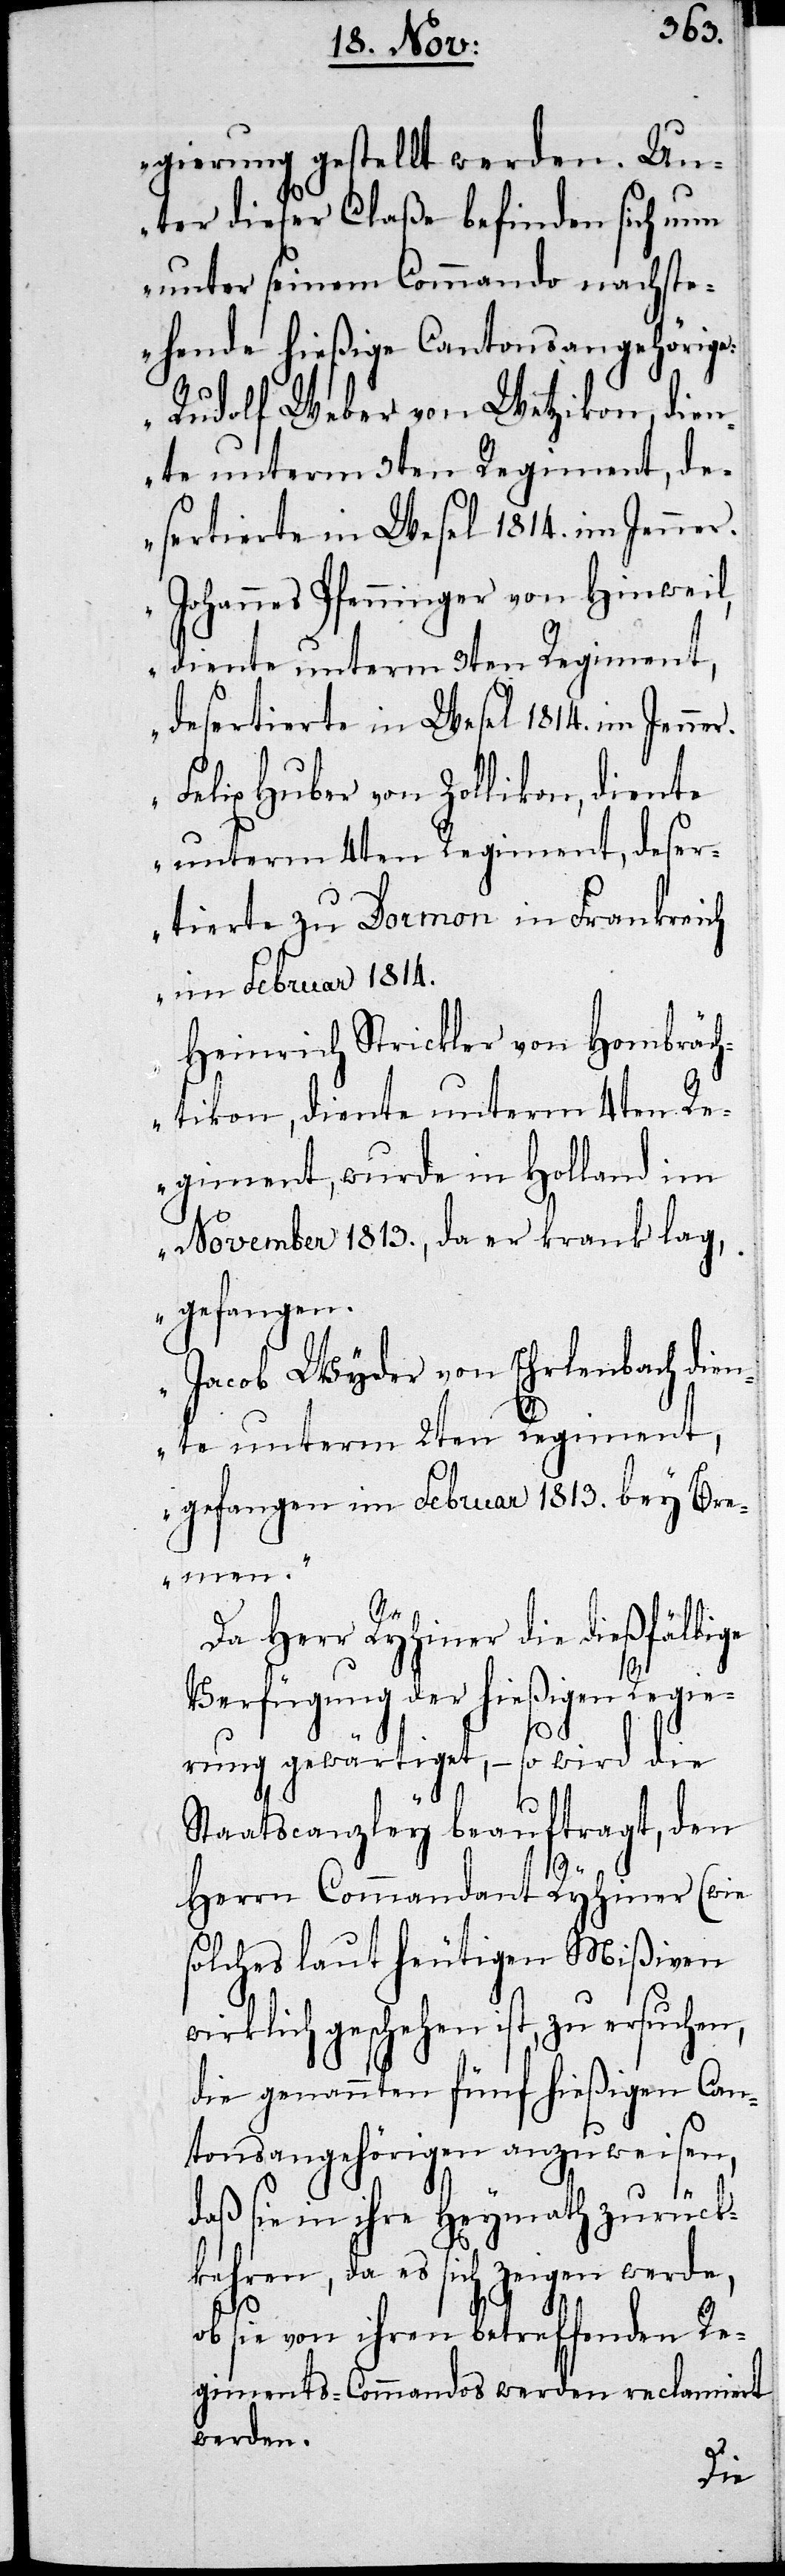
gierung gestellt werden. Un¬
ter dieser Claße befinden sich nun
unter seinem Commando nachst¬
ehende hießige Cantonsangehörige:
Rudolf Weber von Wetzikon, dien¬
te unterm 3ten Regiment, de¬
sertierte in Wesel 1814. im Jenner.
Johannes Pfenninger von Hinweil,
diente unterm 3ten Regiment,
desertierte in Wesel 1814. im Jenner.
Felix Huber von Zollikon, diente
unterm 4ten Regiment, deser¬
tierte zu Dormon in Frankreich
im Februar 1814.
Heinrich Strickler von Hombräch¬
tikon, diente unterm 4ten Re¬
giment, wurde in Holland im
November 1813., da er krank lag,
gefangen.
Jacob Wyder von Ehrlenbach dien¬
te unterm 2ten Regiment,
gefangen im Februar 1813. bey Bre¬
men.“
Da Herr Ryhiner die dießfällige
Verfügung der hießigen Regie¬
rung gewärtiget, – so wird die
Staatscanzley beauftragt, den
Herrn Commandant Ryhiner (wie
solches laut heutigen Mißiven
die genannten fünf hießigen Can¬
tonsangehörigen anzuweisen,
daß sie in ihre Heymath zurück¬
kehren, da es sich zeigen werde,
ob sie von ihren betreffenden Re¬
giments-Commandos werden reclamiert
werden.